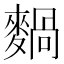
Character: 𪍌